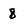
Character: 8